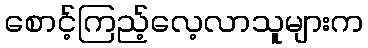
စောင့်ကြည့်လေ့လာသူများက